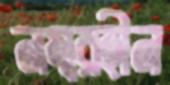
নম্বরহীন